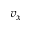
v _ { x }